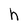
Character: h